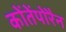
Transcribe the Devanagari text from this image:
कोंतेंपोरैन